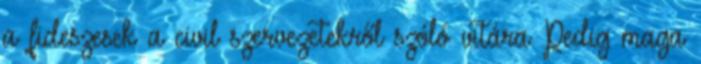
a fideszesek a civil szervezetekről szóló vitára Pedig maga